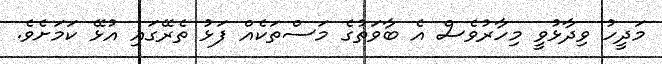
މަދީހު ވިދާޅުވީ މިހާރުވެސް އެ ބާވަތުގެ މަސްތަކެއް ފަޅު ތެރޭގައި އުޅޭ ކަމަށެވެ.